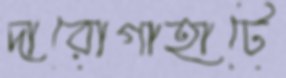
দারোগাহাটে